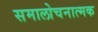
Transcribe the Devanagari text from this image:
समालोचनात्‍मक